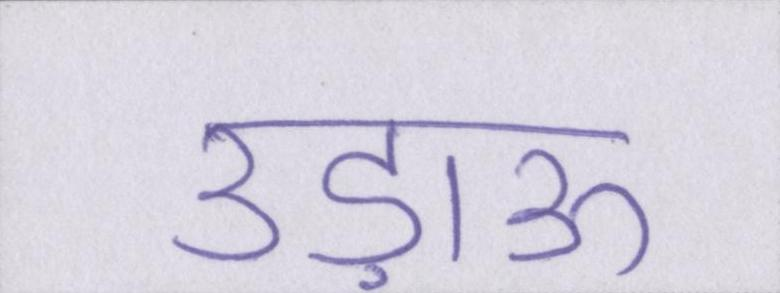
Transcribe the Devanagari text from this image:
उड़ाऊ